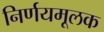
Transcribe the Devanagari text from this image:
निर्णयमूलक